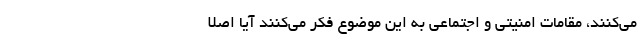
می‌کنند، مقامات امنیتی و اجتماعی به این موضوع فکر می‌کنند آیا اصلا